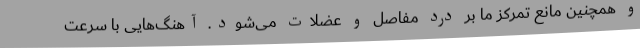
و همچنین مانع تمرکز ما بر درد مفاصل و عضلات می‌شود. آهنگ‌هایی با سرعت